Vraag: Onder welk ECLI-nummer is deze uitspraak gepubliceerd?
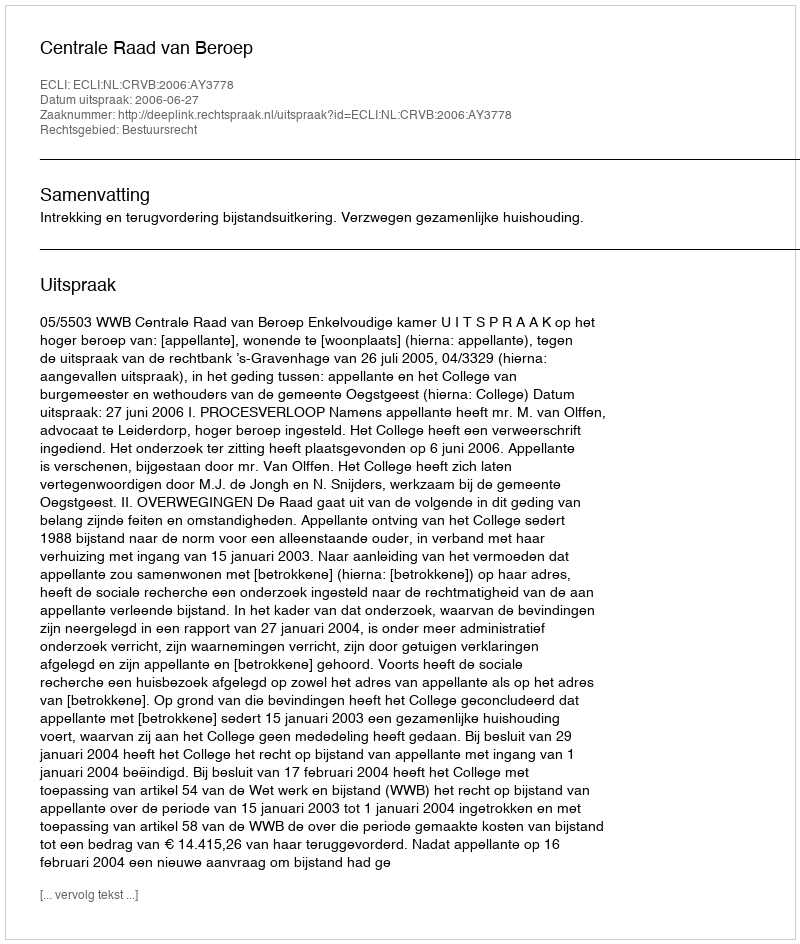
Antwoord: ECLI:NL:CRVB:2006:AY3778